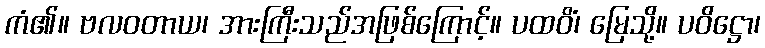
ကံ၏။ ဗလဝတာယ၊ အားကြီးသည်အဖြစ်ကြောင့်။ ပထဝိံ၊ မြေသို့။ ပဝိဋ္ဌော၊